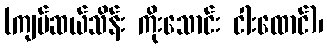
(ကျပ်ဆယ်သိန်း ကိုးသောင်း ငါးထောင်)၊